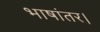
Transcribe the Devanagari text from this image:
भाषांतर।